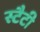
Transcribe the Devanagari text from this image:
स्टैटी